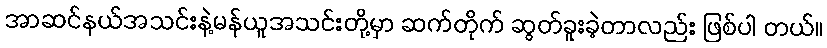
အာဆင်နယ်အသင်းနဲ့မန်ယူအသင်းတို့မှာ ဆက်တိုက် ဆွတ်ခူးခဲ့တာလည်း ဖြစ်ပါ တယ်။